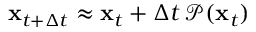
\mathbf { x } _ { t + \Delta t } \approx \mathbf { x } _ { t } + \Delta t \, \mathcal { P } ( \mathbf { x } _ { t } )